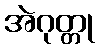
အဲဂုတ္တု